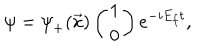
\psi = { \psi } _ { + } ( \vec { x } ) \left( \begin{array} { c } { { 1 } } \\ { { 0 } } \\ \end{array} \right) e ^ { - i E _ { f } t } ,